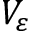
V _ { \varepsilon }